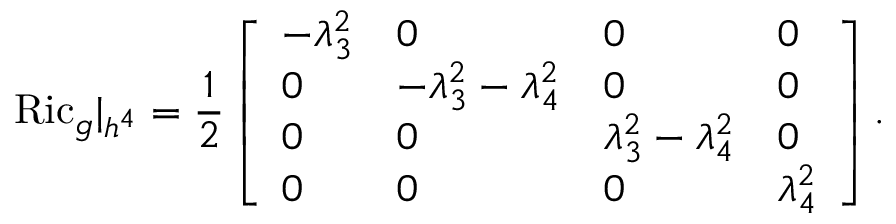
\mathrm { R i c } _ { g } \vert _ { \mathfrak { h } ^ { 4 } } = \frac { 1 } { 2 } \left[ \begin{array} { l l l l } { - \lambda _ { 3 } ^ { 2 } } & { 0 } & { 0 } & { 0 } \\ { 0 } & { - \lambda _ { 3 } ^ { 2 } - \lambda _ { 4 } ^ { 2 } } & { 0 } & { 0 } \\ { 0 } & { 0 } & { \lambda _ { 3 } ^ { 2 } - \lambda _ { 4 } ^ { 2 } } & { 0 } \\ { 0 } & { 0 } & { 0 } & { \lambda _ { 4 } ^ { 2 } } \end{array} \right] .